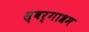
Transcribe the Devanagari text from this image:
स्‍वर्गाश्रम